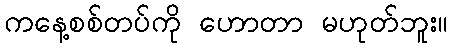
ကနေ့စစ်တပ်ကို ဟောတာ မဟုတ်ဘူး။